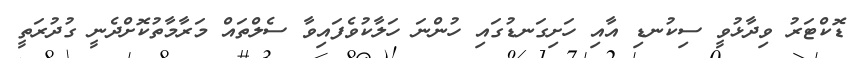
ޑޮކްޓަރު ވިދާޅުވީ ސިކުނޑި އާއި ހަށިގަނޑުގައި ހުންނަ ހަލާކުވެފައިވާ ސެލްތައް މަރާމާތުކޮށްދެނީ ގުދުރަތީ